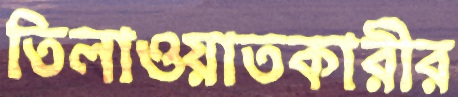
তিলাওয়াতকারীর